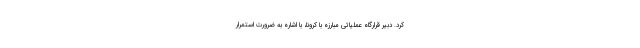
کرد. دبیر قرارگاه عملیاتی مبارزه با کرونا، با اشاره به ضرورت استمرار